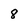
Character: 8